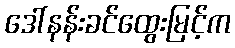
ဒေါ်နန်းခင်ထွေးမြင့်က